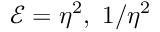
\mathcal { E } = \eta ^ { 2 } , ~ 1 / \eta ^ { 2 }